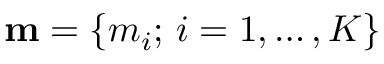
{ { \bf m } = \{ m _ { i } ; \, i = 1 , \dots , K \} }